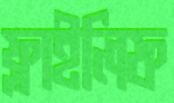
ফ্লাইলিফ